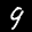
Label: 9